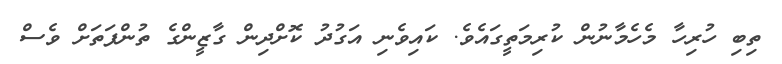
ތިބި ހުރިހާ މެހެމާނުން ކުރިމަތީގައެވެ. ކައިވެނި އަގުދު ކޮށްދިން ގާޒީންގެ ތުންފަތަށް ވެސް